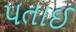
પતાઈ